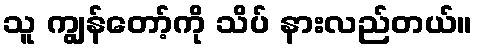
သူ ကျွန်တော့်ကို သိပ် နားလည်တယ်။